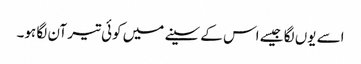
اسے یوں لگا جیسے اس کے سینے میں کوئی تیر آن لگا ہو۔